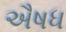
ઐષધ